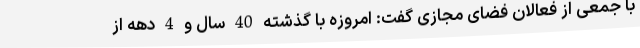
با جمعی از فعالان فضای مجازی گفت: امروزه با گذشته 40 سال و 4 دهه از